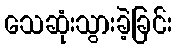
သေဆုံးသွားခဲ့ခြင်း